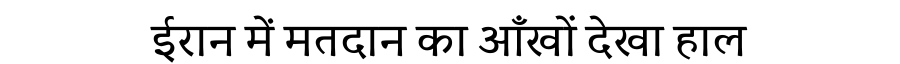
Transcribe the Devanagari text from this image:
ईरान में मतदान का आँखों देखा हाल